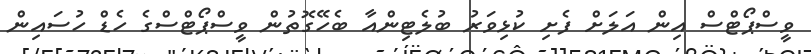
ވީސްޕޯޓްސް އިން އަލަށް ފެށި ކުޅިވަރު ބުލެޓިންއާ ބެހޭގޮތުން ވީސްޕޯޓްސްގެ ހެޑް ހުސައިން